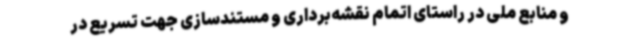
و منابع ملی در راستای اتمام نقشه‌برداری و مستندسازی جهت تسریع در